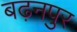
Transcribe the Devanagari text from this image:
बढ़नपुर